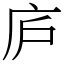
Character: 庐